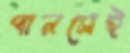
পানসেই